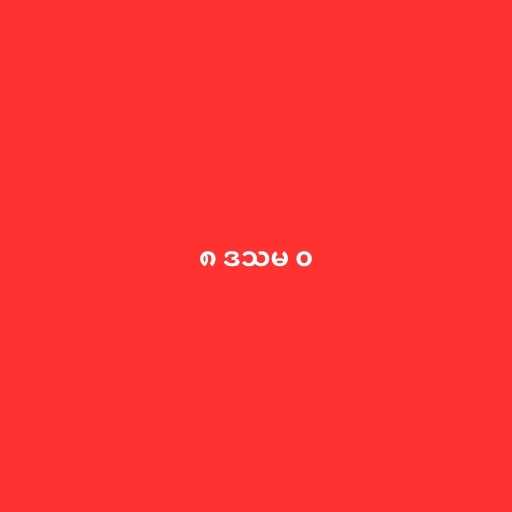
၈ ဒသမ ၀